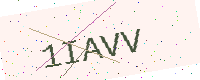
Text: 1IAVV